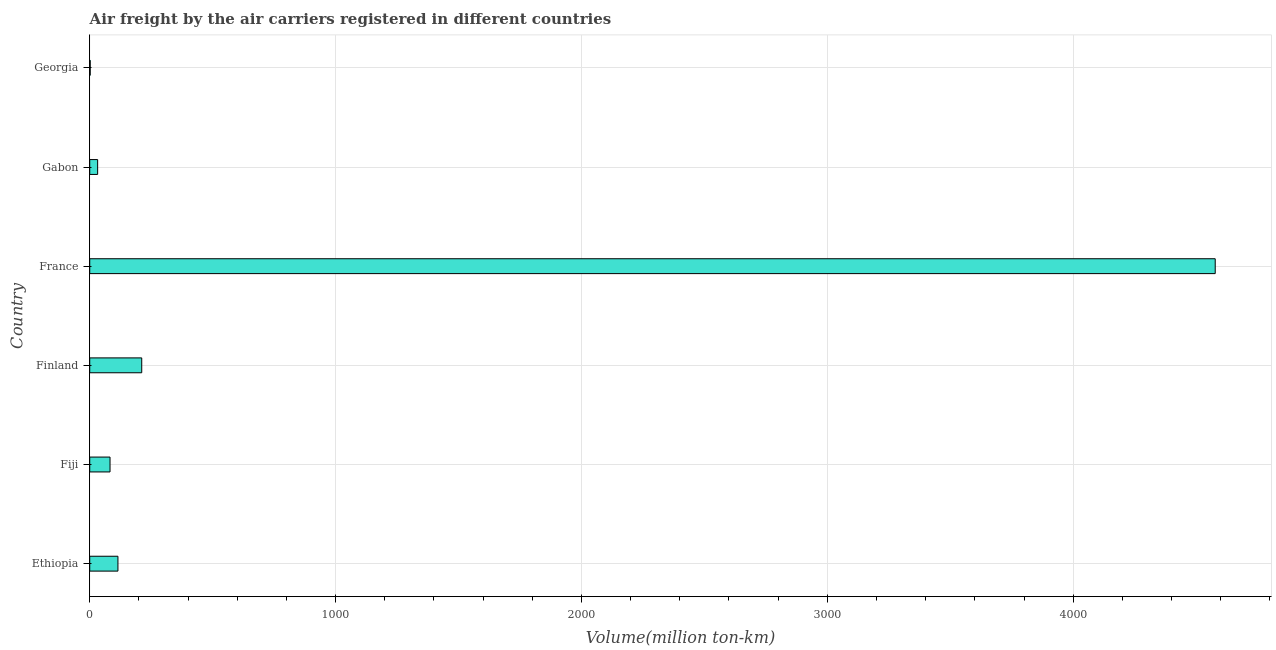
| Country | Air transport |
 | --- | --- |
 | Ethiopia | 115 |
 | Fiji | 82.6 |
 | Finland | 212 |
 | France | 4.58e+03 |
 | Gabon | 32.2 |
 | Georgia | 1.9 |